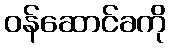
ဝန်ဆောင်ခကို